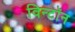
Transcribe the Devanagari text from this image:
विन्टॉन